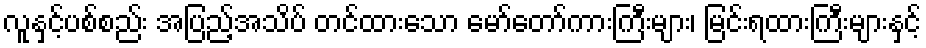
လူနှင့်ပစ်စည်း အပြည့်အသိပ် တင်ထားသော မော်တော်ကားကြီးများ၊ မြင်းရထားကြီးများနှင့်